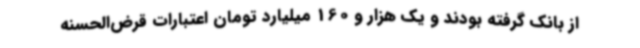
از بانک گرفته بودند و یک هزار و 160 میلیارد تومان اعتبارات قرض‌الحسنه